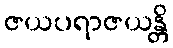
ဇယပရာဇယန္တိ